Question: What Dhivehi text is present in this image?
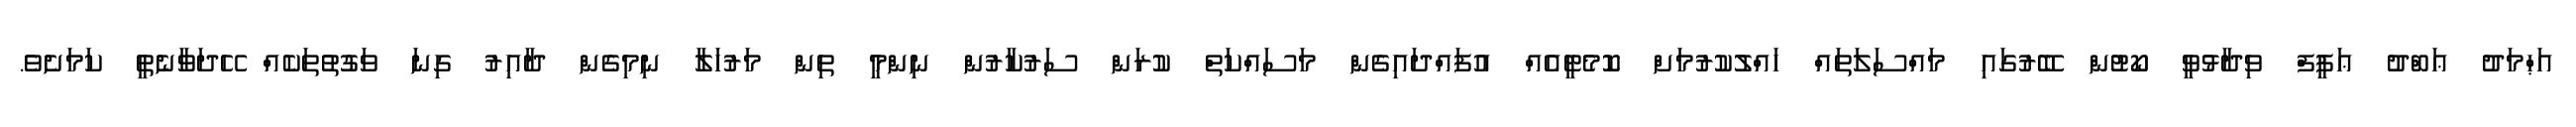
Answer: އަޙްމަދު ޢަބްދު ޢަފީފް ވިދާޅުވީ ކޯޓުން ބޭރުގައި މައްސަލަތައް ހައްލުކުރުމަށް ކޮމެޓީއެއް އުފައްދައިގެން މަސައްކަތް ކުރަން ސަރުކާރުން ނިންމީ ތިން މަރުހަލާ ނިމިގެން ދާއިރު ގިނަ ވަގުތުތަކެއް ހޭދަވާނެތީ ކަމަށެވެ.